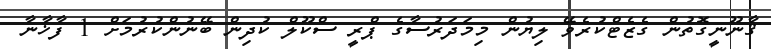
ޤާނޫނީގޮތުން ގެޒެޓްކުރެވޭ ލިޔުން މިމަދަރުސާގެ ޕްރީ ސްކޫލް ކުދިން ބޭނުންކުރުމަށް 1 ފާޚާނާ